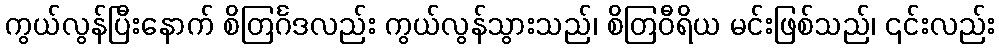
ကွယ်လွန်ပြီးနောက် စိတြင်္ဂဒလည်း ကွယ်လွန်သွားသည်၊ စိတြဝီရိယ မင်းဖြစ်သည်၊ ၎င်းလည်း